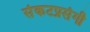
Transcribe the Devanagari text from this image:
संकटप्रसंगी